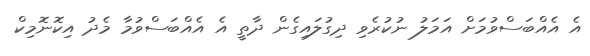
އެ އެއްބަސްވުމަށް އަމަލު ނުކުރެވި ދިގުލައިގެން ދާތީ އެ އެއްބަސްވުމާ މެދު އިކޮނޮމިކް